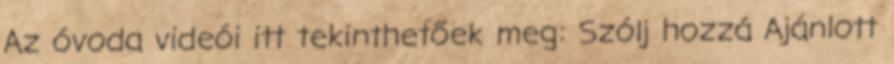
Az óvoda videói itt tekinthetőek meg: Szólj hozzá Ajánlott